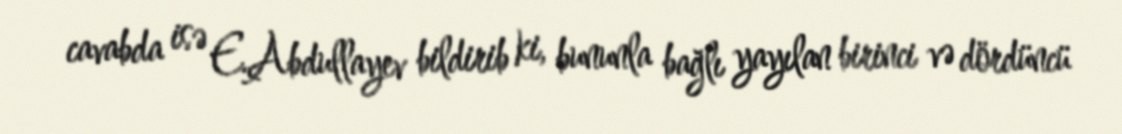
cavabda isə E.Abdullayev bildirib ki, bununla bağlı yayılan birinci və dördüncü